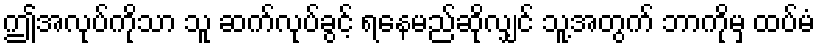
ဤအလုပ်ကိုသာ သူ ဆက်လုပ်ခွင့် ရနေမည်ဆိုလျှင် သူ့အတွက် ဘာကိုမှ ထပ်မံ